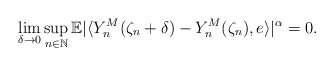
\begin{align*} \lim_{\delta\rightarrow 0}\sup_{n\in\mathbb{N}} \mathbb{E} | \langle Y_n^M(\zeta_n +\delta)-Y_n^M(\zeta_n) , e\rangle |^{\alpha} = 0 . \end{align*}